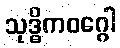
သုဒ္ဓိကဝဂ္ဂေါ